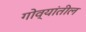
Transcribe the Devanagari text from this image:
गोव्यांतील